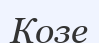
Козе